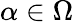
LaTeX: \alpha\in\Omega